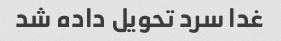
غدا سرد تحویل داده شد